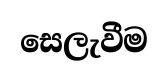
සෙලැවීම